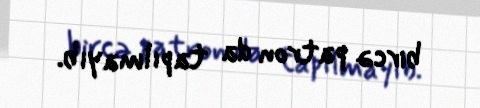
bircə patron da tapılmayıb.